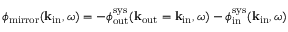
\phi _ { \mathrm { m i r r o r } } ( { \bf k } _ { \mathrm { i n } } , \omega ) = - \phi _ { \mathrm { o u t } } ^ { \mathrm { s y s } } ( { \bf k } _ { \mathrm { o u t } } = { \bf k } _ { \mathrm { i n } } , \omega ) - \phi _ { \mathrm { i n } } ^ { \mathrm { s y s } } ( { \bf k } _ { \mathrm { i n } } , \omega )